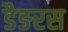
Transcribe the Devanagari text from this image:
डैङरस